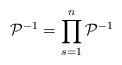
LaTeX: \begin{align*}{{\cal P}}^{-1} = \prod\limits_{s=1}^n {{\cal P}}^{-1}\end{align*}